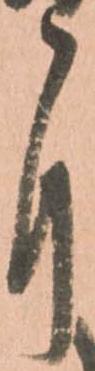
自